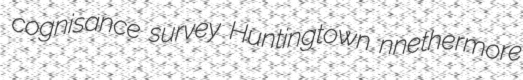
cognisance survey Huntingtown nnethermore